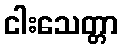
ငါးသေတ္တာ